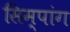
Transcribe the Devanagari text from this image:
सिम्पांग